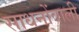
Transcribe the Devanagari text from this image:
साधनोंवाली